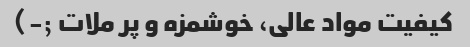
کیفیت مواد عالی، خوشمزه و پر ملات ;-)